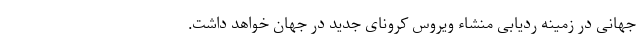
جهانی در زمینه ردیابی منشاء ویروس کرونای جدید در جهان خواهد داشت.